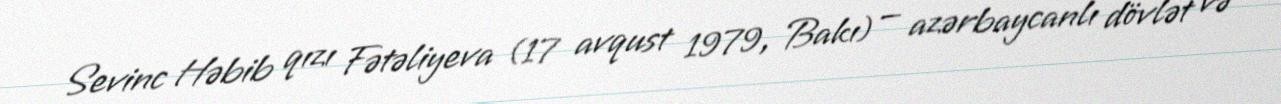
Sevinc Həbib qızı Fətəliyeva (17 avqust 1979, Bakı) — azərbaycanlı dövlət və